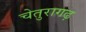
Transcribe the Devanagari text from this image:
चेतुरागढ़